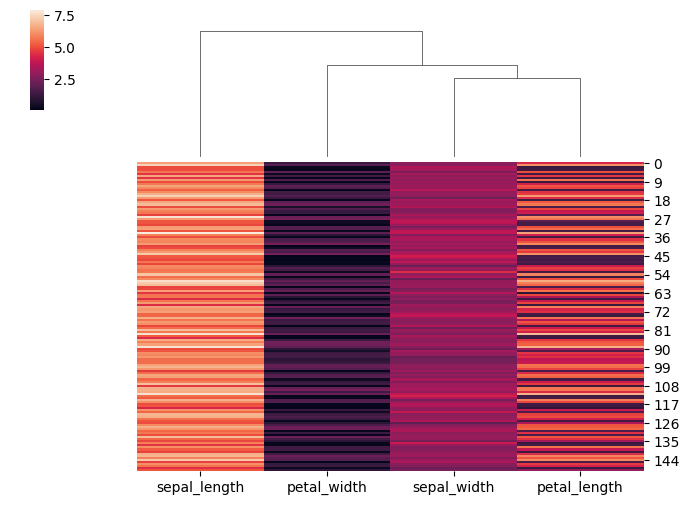
python, seaborn, clustermap, figsize=(7, 5), row_cluster=False, dendrogram_ratio=(0.2, 0.3), cbar_pos=(0.05, 0.8, 0.02, 0.2)